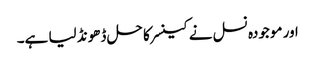
اور موجودہ نسل نے کینسر کا حل ڈھونڈ لیا ہے۔